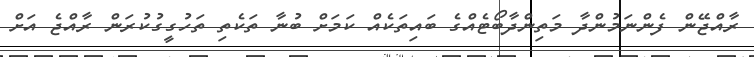
ރާއްޖޭން ފެންނަމުންދާ މަތިންދާބޯޓެއްގެ ބައިތަކެއް ކަމަށް ބުނާ ތަކެތި ތަހުގީގުކުރަން ރާއްޖެ އަށް